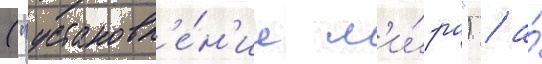
("установл'е́н'ие м'и́ра") / а́